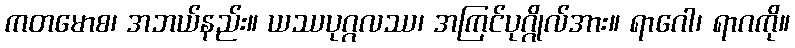
ကတမောစ၊ အဘယ်နည်း။ ယဿပုဂ္ဂလဿ၊ အကြင်ပုဂ္ဂိုလ်အား။ ရာဂေါ၊ ရာဂကို။